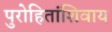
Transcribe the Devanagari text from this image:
पुरोहितांशिवाय